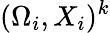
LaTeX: (\Omega_{i},X_{i})^{k}